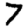
Digit: 7